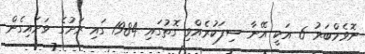
ނޮވެމްބަރު 6 އަކީ އޭނާ ސިފަކުރެއްވި ގޮތުގައި 1984 ގައި ރަށުގެ ވަށައިގެން